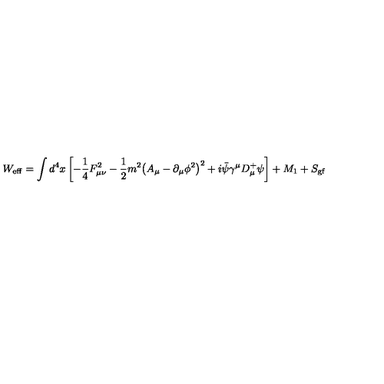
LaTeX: W _ { \mathrm { e f f } } = \int d ^ { 4 } x \left[ - \frac { 1 } { 4 } F _ { \mu \nu } ^ { 2 } - \frac { 1 } { 2 } m ^ { 2 } { \left( A _ { \mu } - { \partial _ { \mu } \phi ^ { 2 } } \right) } ^ { 2 } + i \bar { \psi } \gamma ^ { \mu } D _ { \mu } ^ { + } \psi \right] + M _ { 1 } + S _ { \mathrm { g f } }